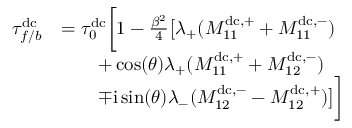
\begin{array} { r l } { \tau _ { f / b } ^ { \mathrm { d c } } } & { = \tau _ { 0 } ^ { \mathrm { d c } } \biggl [ 1 - \frac { \beta ^ { 2 } } { 4 } \bigl [ \lambda _ { + } ( M _ { 1 1 } ^ { \mathrm { d c } , + } + M _ { 1 1 } ^ { \mathrm { d c } , - } ) } \\ & { \qquad + \cos ( \theta ) \lambda _ { + } ( M _ { 1 1 } ^ { \mathrm { d c } , + } + M _ { 1 2 } ^ { \mathrm { d c } , - } ) } \\ & { \qquad \mp \mathrm { i } \sin ( \theta ) \lambda _ { - } ( M _ { 1 2 } ^ { \mathrm { d c } , - } - M _ { 1 2 } ^ { \mathrm { d c } , + } ) \bigr ] \biggr ] } \end{array}